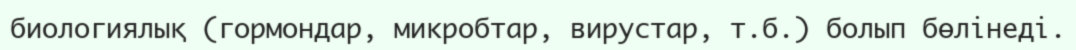
биологиялық (гормондар, микробтар, вирустар, т.б.) болып бөлінеді.